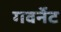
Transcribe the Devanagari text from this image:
गवर्नेट